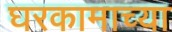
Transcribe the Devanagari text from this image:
घरकामाच्या